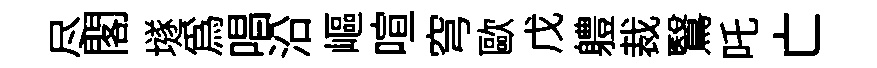
尽閣𡑞爲唱沿嶇喧穹歐戊軆裁鷖吒亡